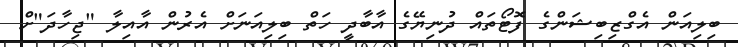
ބިލިއަން އެގްޒިބިޝަންގެ ފޮޓޯތައް ދުނިޔޭގެ އާބާދީ ހަތް ބިލިއަނަށް އެރުން އާއިލާ "ޖިހާދަ"ށް